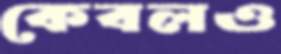
কেবলও